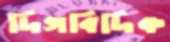
দিগবিদিক